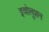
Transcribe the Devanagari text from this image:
इवोलूशन